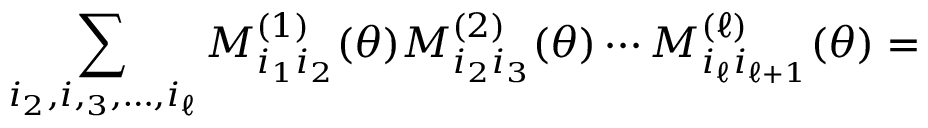
\sum _ { i _ { 2 } , i , _ { 3 } , \ldots , i _ { \ell } } M _ { i _ { 1 } i _ { 2 } } ^ { ( 1 ) } ( \theta ) M _ { i _ { 2 } i _ { 3 } } ^ { ( 2 ) } ( \theta ) \cdots M _ { i _ { \ell } i _ { \ell + 1 } } ^ { ( \ell ) } ( \theta ) =